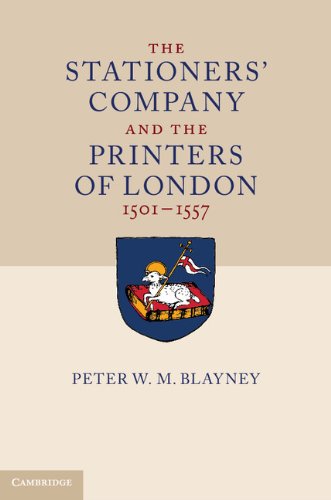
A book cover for The Stationers' Company and the Printers of London, 1501-1557 2 Volume Set; Peter W. M. Blayney; Business & Money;